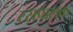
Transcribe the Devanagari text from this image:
रसपालक